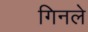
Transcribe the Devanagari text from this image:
गिनले